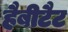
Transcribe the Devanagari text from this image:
हैबीटैट